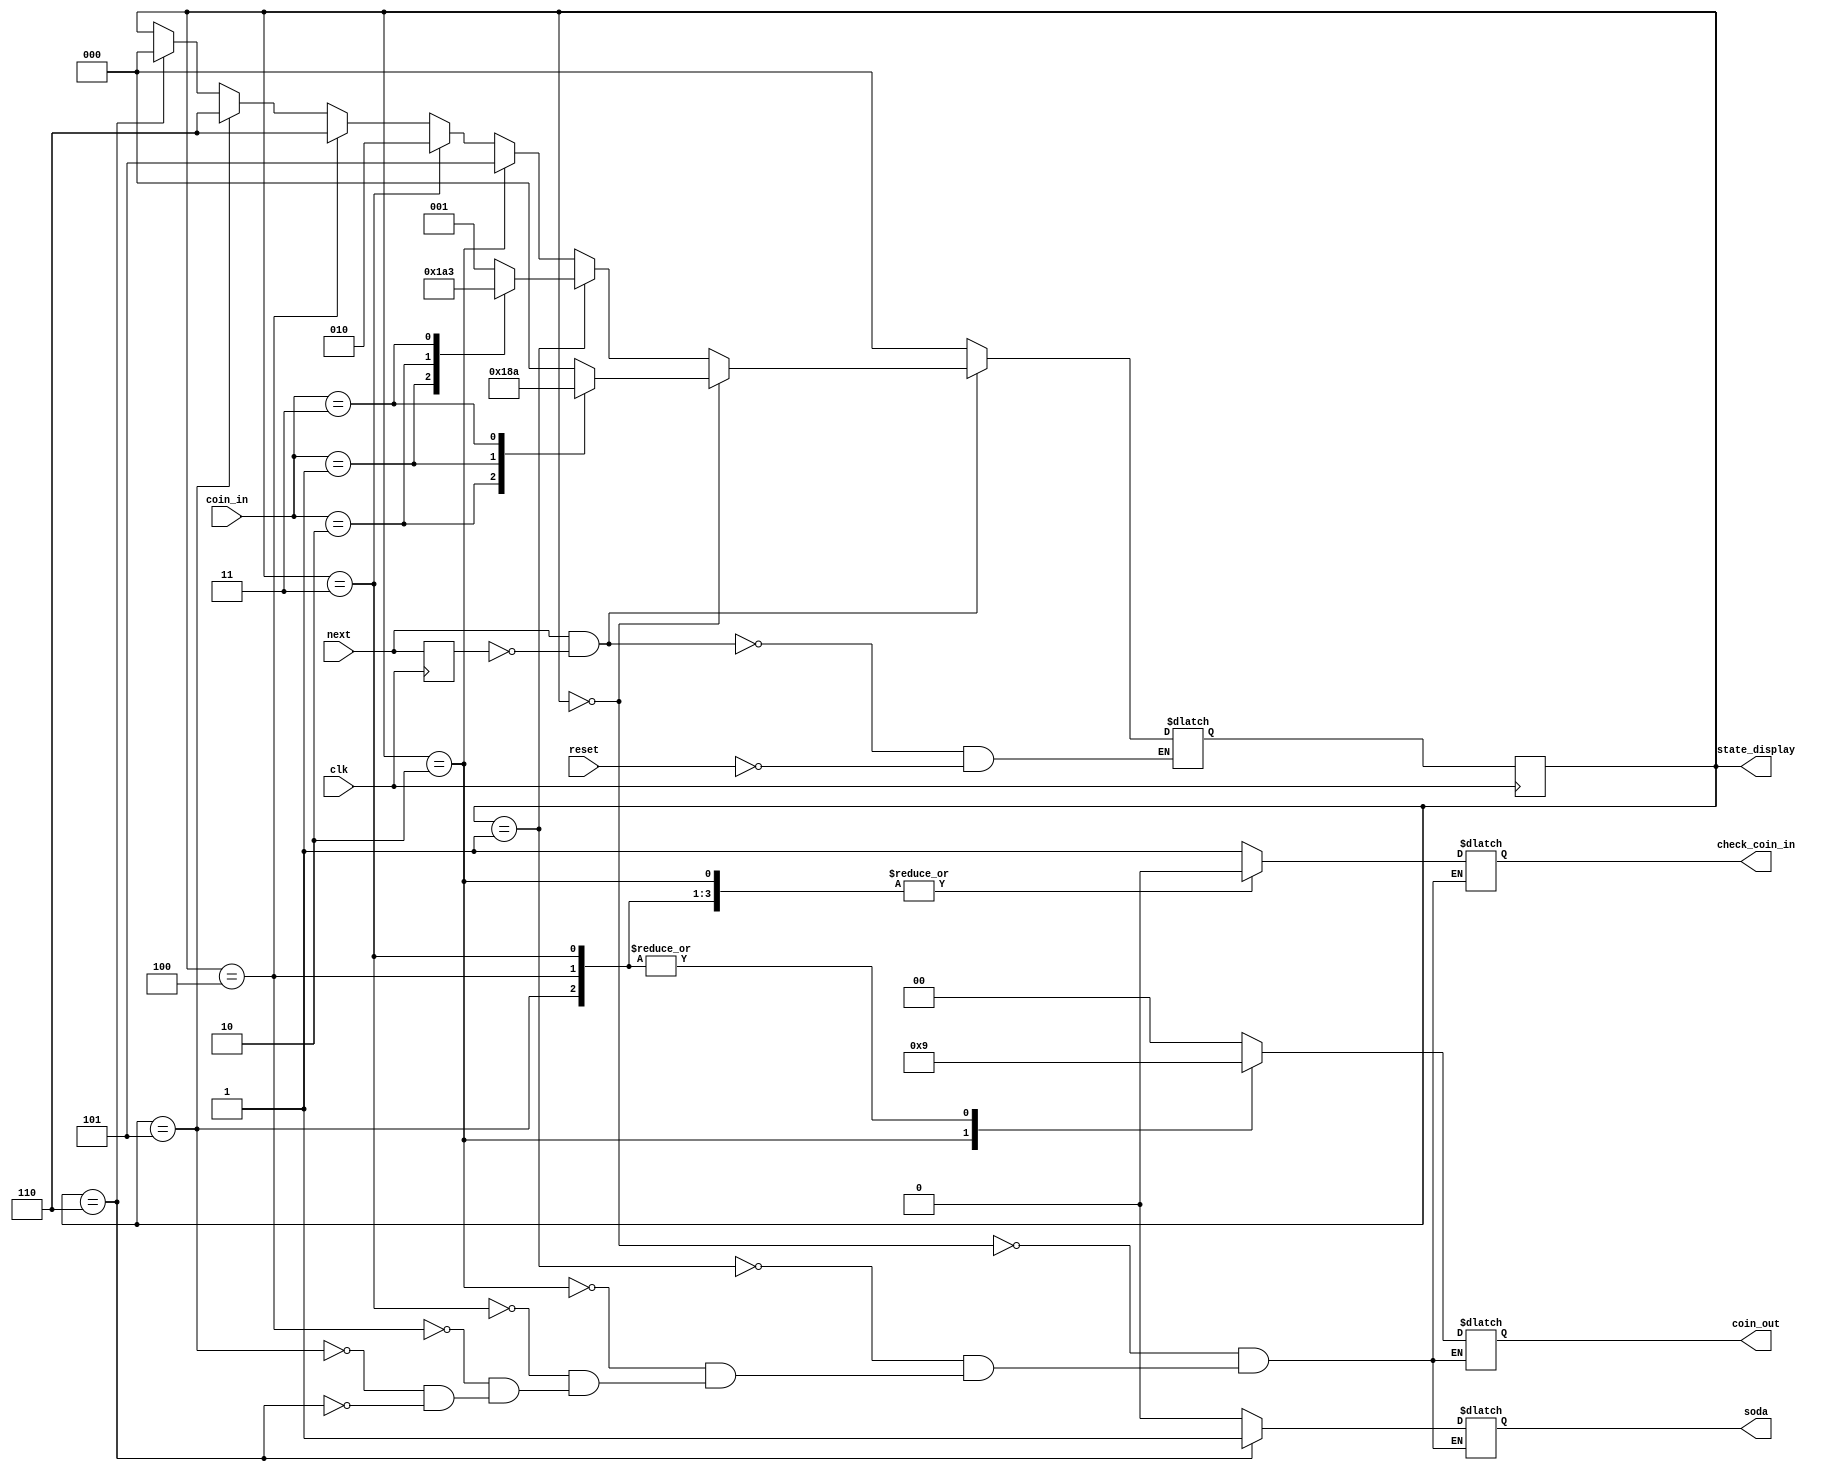
// This code is created by Jurre Wolters on 9-4-2021
// This code is based on an excercise for the course Computation II (5EIB0) of the TU/e


`timescale 1ns/1ps
module soda_top(
input clk,
input reset,
input next,
input [1:0] coin_in,
output reg soda,
output reg [1:0] coin_out,
output reg [2:0] state_display,
output reg check_coin_in
);

/* Defining states as local parameters to use later on in the code*/
localparam
put_coin = 0,
input1 = 1,
input5 = 2,
input6 = 3,
input3 = 4,
return1 = 5,
soda_out = 6;

/*Adding extra registers for the next state and previous state of next.*/
reg [2:0] next_state;
reg prev_next;


/* every clock cycle the state_display and prev_next gets updated at the posedge of the clock*/
always @(posedge clk) begin
    state_display <= next_state;
    prev_next <= next;
end

always @(*) begin
    if (reset == 1) begin
        next_state = put_coin; //resets the machine at the next posedge of the clock.
    end
    if (next == 1 && prev_next == 0) begin
        /*the every state defines the next state*/
        if (state_display == put_coin) begin
            case(coin_in)
                2'b00: next_state = put_coin;
                2'b10: next_state = soda_out;
                2'b01: next_state = input1;
                2'b11: next_state = input5;
            endcase
        end
        else if (state_display == input1) begin
            case(coin_in)
                2'b00: next_state = input1;
                2'b01: next_state = soda_out;
                2'b10: next_state = input3;
                2'b11: next_state = input6;
            endcase
        end
        else if (state_display == input5) begin
            next_state = return1;
        end
        else if(state_display == input6) begin
            next_state = input5;
        end
        else if(state_display == input3) begin
            next_state = soda_out;
        end
        else if(state_display == return1) begin
            next_state = soda_out;
        end
        else if(state_display == soda_out) begin
            next_state = put_coin;
        end
        else begin
            next_state = state_display;
        end
    end
    
    /*Sets the outputs according to the current state*/
    case(state_display)
        put_coin: begin
            coin_out = 2'b00;
            soda = 1'b0;
            check_coin_in = 1'b1;
        end
        input1: begin
            coin_out = 2'b00;
            soda = 0;
            check_coin_in = 1'b1;
        end
        input5: begin
            coin_out = 2'b10;
            soda = 0;
            check_coin_in = 1'b0;
        end
        input6: begin
            coin_out = 2'b01;
            soda = 0;
            check_coin_in = 1'b0;
        end
        input3: begin
            coin_out = 2'b01;
            soda = 0;
            check_coin_in = 1'b0;
        end
        return1: begin
            coin_out = 2'b01;
            soda = 0;
            check_coin_in = 1'b0;
        end
        soda_out: begin
            coin_out = 2'b00;
            soda = 1;
            check_coin_in = 1'b0;
        end
    endcase
    
end

endmodule











//Thank me later ~ Jurre